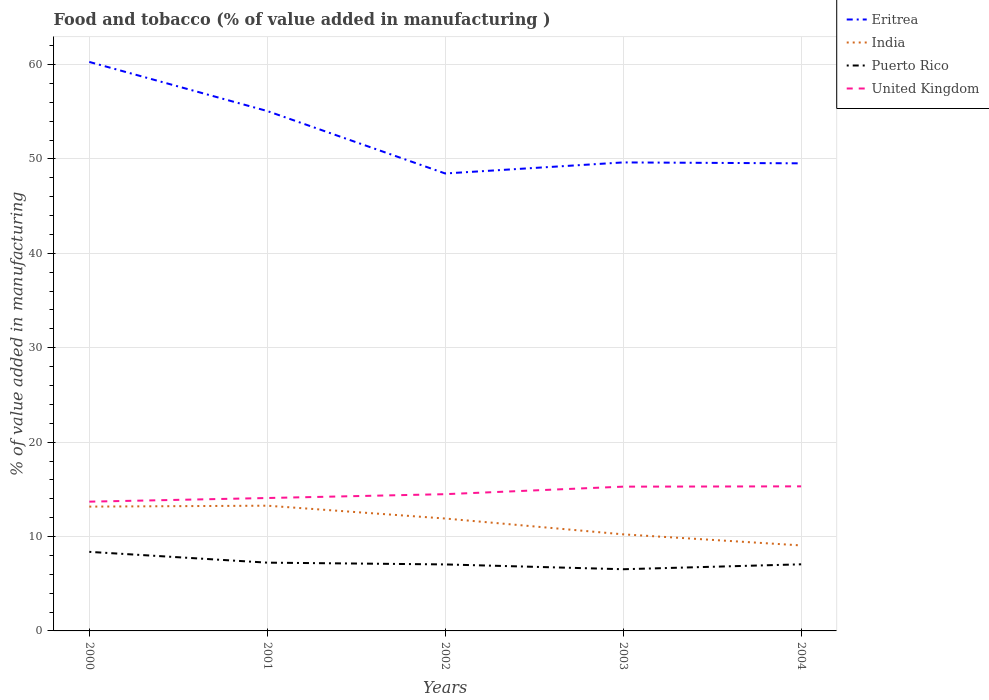
| Years | Eritrea | India | Puerto Rico | United Kingdom |
 | --- | --- | --- | --- | --- |
 | 2000 | 60.3 | 13.2 | 8.38 | 13.7 |
 | 2001 | 55.1 | 13.3 | 7.23 | 14.1 |
 | 2002 | 48.5 | 11.9 | 7.04 | 14.5 |
 | 2003 | 49.6 | 10.2 | 6.54 | 15.3 |
 | 2004 | 49.5 | 9.06 | 7.06 | 15.3 |